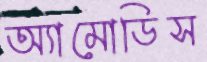
অ্যামোডিস